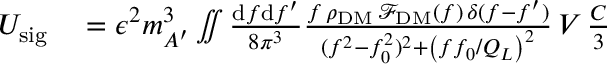
\begin{array} { r l } { U _ { \mathrm { s i g } } } & { { } = \epsilon ^ { 2 } m _ { A ^ { \prime } } ^ { 3 } \iint \frac { \mathrm { d } f \mathrm { d } f ^ { \prime } } { 8 \pi ^ { 3 } } \frac { f \, \rho _ { \mathrm { D M } } \, \mathcal { F } _ { \mathrm { D M } } \left( f \right) \, \delta ( f - f ^ { \prime } ) } { ( f ^ { 2 } - f _ { 0 } ^ { 2 } ) ^ { 2 } + \left( f f _ { 0 } / Q _ { L } \right) ^ { 2 } } \, V \, \frac { C } { 3 } } \end{array}